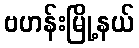
ဗဟန်းမြို့နယ်